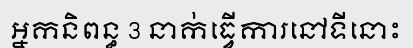
អ្នកនិពន្ធ 3 នាក់ធ្វើការនៅទីនោះ